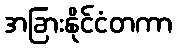
အခြားနိုင်ငံတကာ